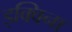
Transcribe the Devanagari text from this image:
इक्विना